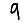
Digit: 9